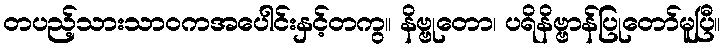
တပည့်သားသာဝကအပေါင်းနှင့်တကွ။ နိဗ္ဗုတော၊ ပရိနိဗ္ဗာန်ပြုတော်မူပြီ။